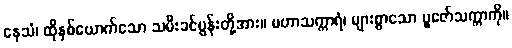
နေသံ၊ ထိုနှစ်ယောက်သော သမီးခင်ပွန်းတို့အား။ မဟာသက္ကာရံ၊ များစွာသော ပူဇော်သက္ကာကို။